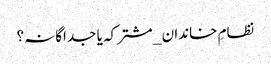
نظامِ خاندان _ مشترکہ یا جداگانہ؟